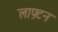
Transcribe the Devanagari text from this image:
लाफ़्टन